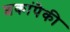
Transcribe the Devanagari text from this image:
शकांपैकी